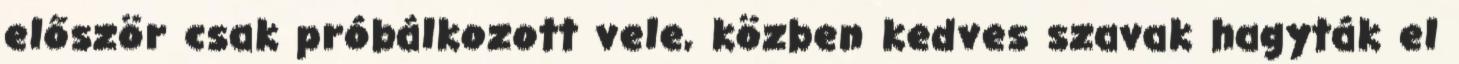
először csak próbálkozott vele, közben kedves szavak hagyták el